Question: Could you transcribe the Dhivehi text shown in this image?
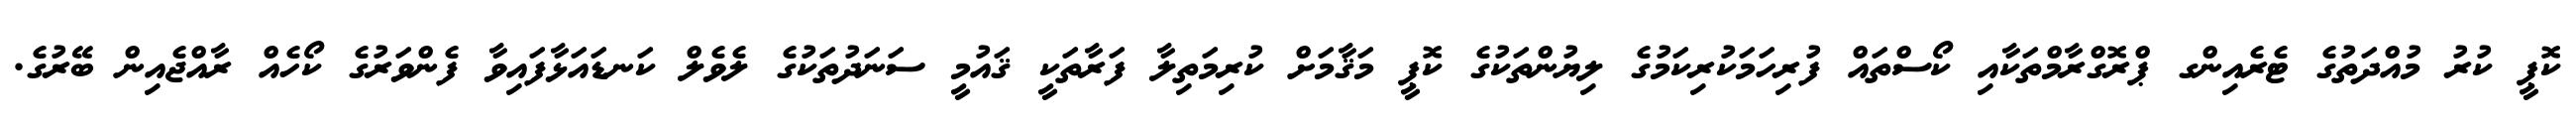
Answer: ކޮޕީ ކުރު މުއްދަތުގެ ޓެރެއިންގ ޕްރޮގްރާމްތަކާއި ކޯސްތައް ފުރިހަމަކުރިކަމުގެ ލިޔުންތަކުގެ ކޮޕީ މަޤާމަށް ކުރިމަތިލާ ފަރާތަކީ ޤައުމީ ސަނަދުތަކުގެ ލެވެލް ކަނޑައަޅާފައިވާ ފެންވަރުގެ ކޯހެއް ރާއްޖެއިން ބޭރުގެ.